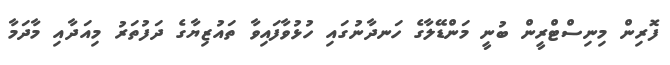
ފޮރިން މިނިސްޓްރީން ބުނީ މަންޑޭލާގެ ހަނދާނުގައި ހުޅުވާފައިވާ ތައުޒިޔާގެ ދަފުތަރު މިއަދާއި މާދަމާ